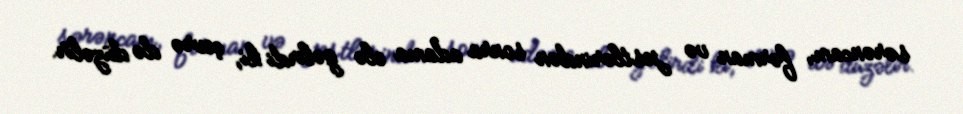
sərəncam, fərman və jestlərindən sonra adama elə gəlirdi ki, çevrə də düzəlir.